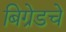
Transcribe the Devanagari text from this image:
बिग्रेडचे